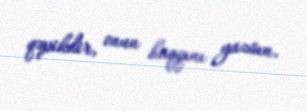
qəpikdir, onun haqqını yazsın.